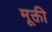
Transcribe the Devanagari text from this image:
मूक्ती